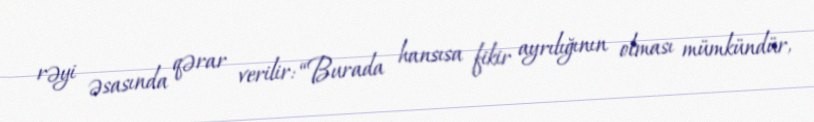
rəyi əsasında qərar verilir: “Burada hansısa fikir ayrılığının olması mümkündür,